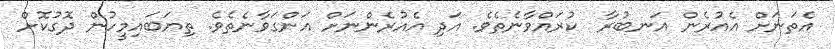
އެތަނަށް އެއުރެން އަނބުރާ  ކުރައްވާނެތެވެ. އަދި އެއުރެންނަށް އަންގަވާނެތެވެ. ތިޔަބައިމީހުން ދޮގުކޮށް